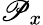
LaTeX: \mathscr{P}_{x}